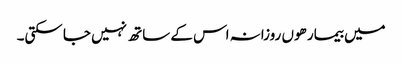
میں بیمار ھوں روزانہ اس کے ساتھ نہیں جا سکتی۔